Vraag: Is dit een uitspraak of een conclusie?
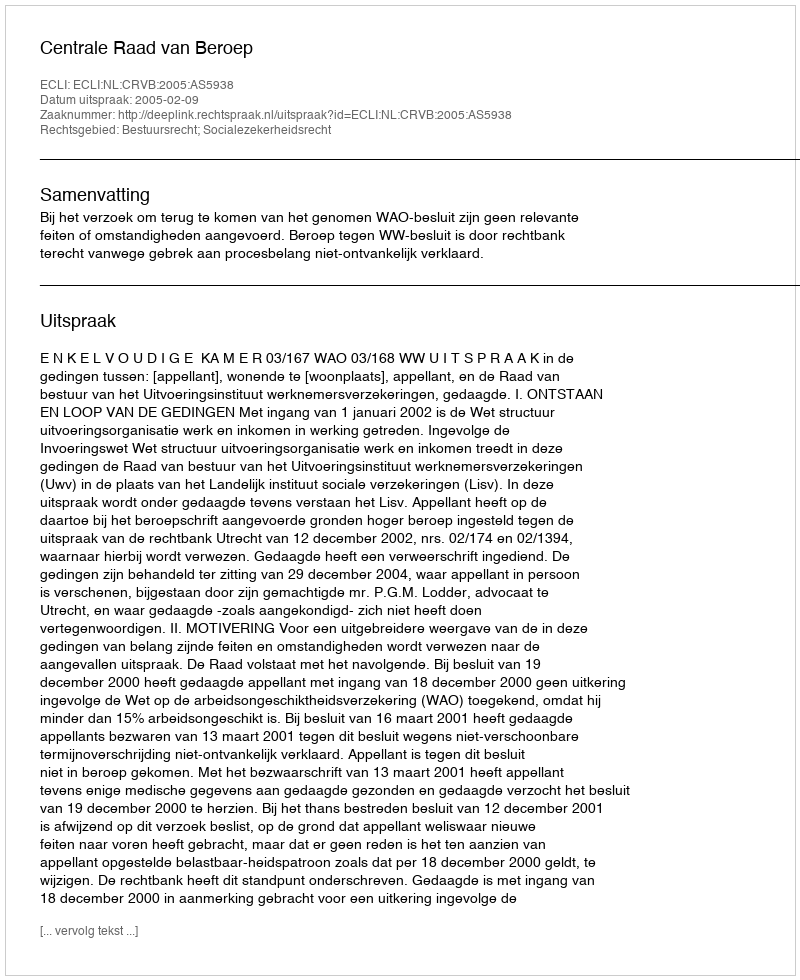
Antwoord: Uitspraak